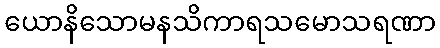
ယောနိသောမနသိကာရသမောသရဏာ